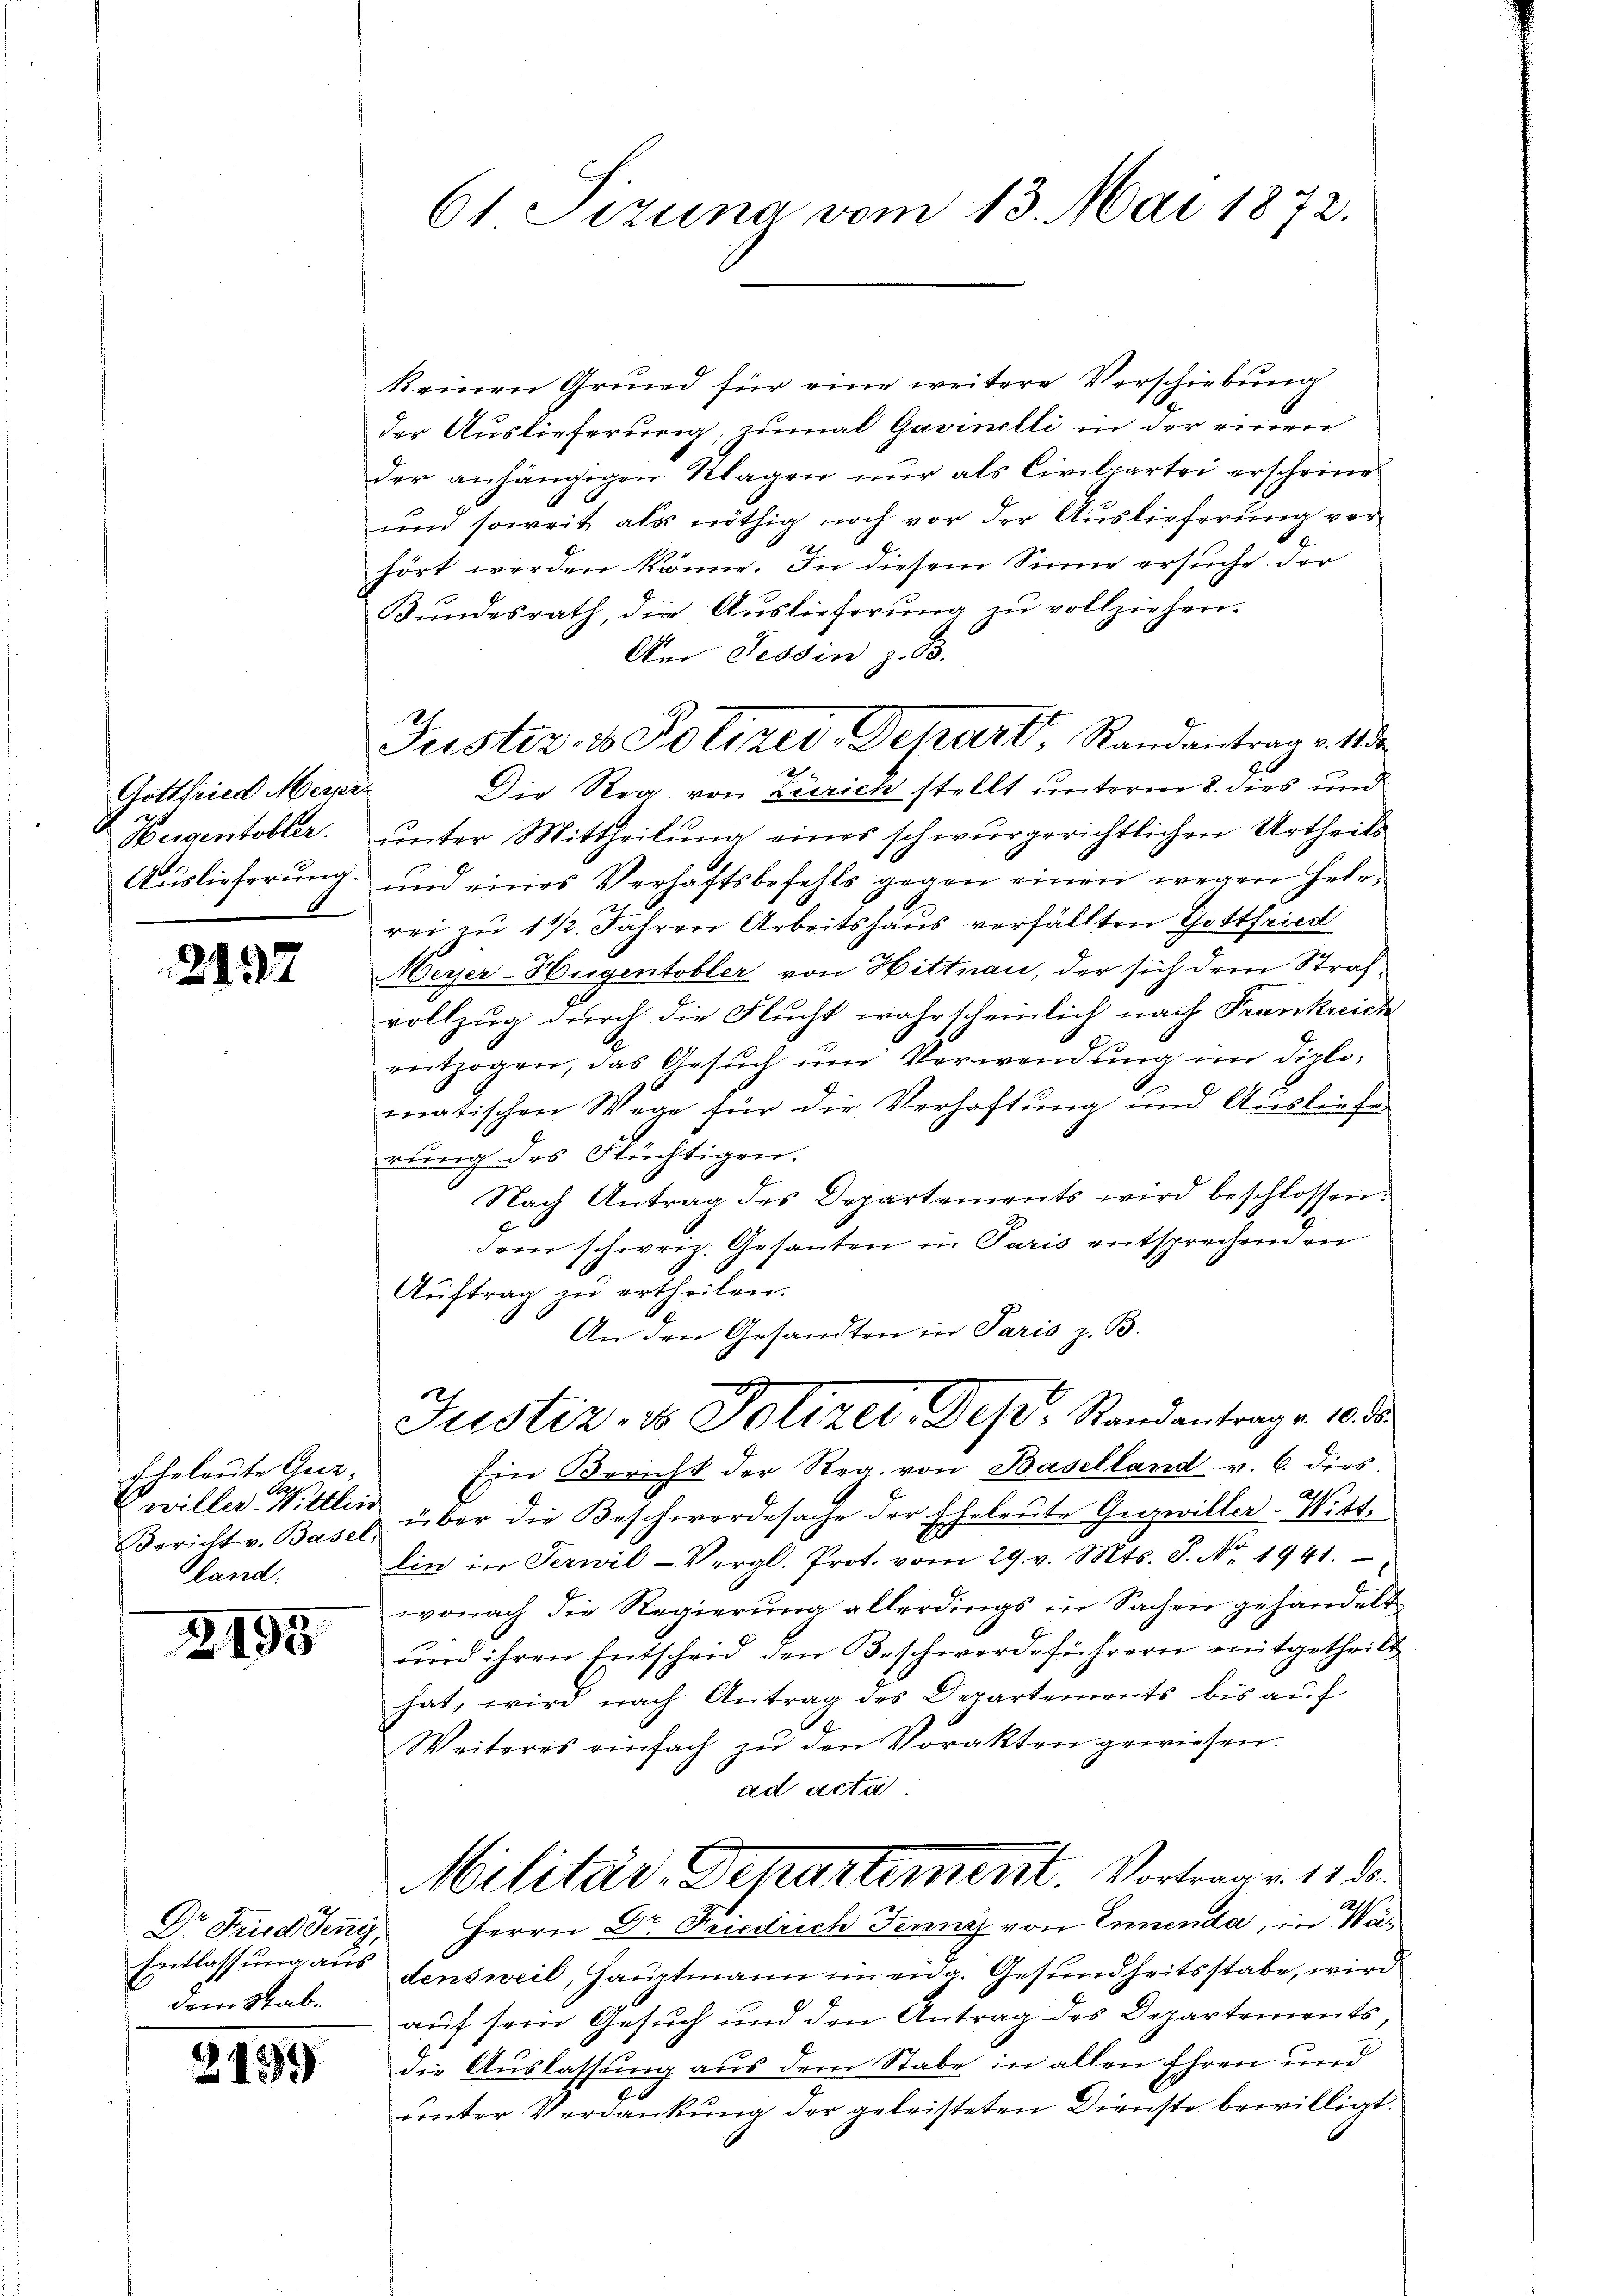
Gottfried Messer
Weigentobler.

2137

Eheleute Gut¬
 willer Witthei
land.

2195

dem Stab¬

2159

61 Sizung vom 13. Mai 1872.

keinen Grund für eine weitere Verschiebung
der Auslieferung, zumal Gavinelli in der einen
der anhängigen Klagen nur als Civilpartei erscheine
und soweit als nöthig noch vor der Auslieferung ver¬
21
hört werden könne. In diesem Sinne ersuche der
Bŭndesrath, die Aŭslieferŭng zŭ vollziehen.
Am Tessin z. B.
2
Die Reg. von Zürich stellt unterm 8. dies und
ŭnter Mittheilung eines schwurgerichtlichen Urtheils
Auslieferung und eines Verhaftsbefehls gegen einen wegen Hebrrei zu 1 1/2. Jahren Arbeitshaus verfällten Gottfried
Meyer-Hugentobler von Hittnau, der sich drei Strafvollzug durch die Flucht wahrscheinlich nach Frankreich
entzogen, das Gesŭch ŭm Verwendung im diplo-
matischen Wege für die Verhaftung und Ausliefer
rung des Flüchtigen.
Nach Antrag des Departements wird beschlossen:
dem schweiz. Gesanten in Paris entsprechenden
Aŭftrag zŭ ertheilen.
An den Gesandten in Paris z. B.
Justiz- & Polizer, Des Standantrage 10 d
Ein Bericht der Reg. von Baselland v. 6. dies
Bericht v. Basel über die Beschwerdesache der Eheleute Guzwiller-Wittlin in Terwil-Vergl. Prot. vom 29. v. Mts. S. Nr. 1941.
wonach die Regierung allerdings in Sachen gehandelt
und ihren Entscheid den Beschwerdeführern mitgetheilt
hat, wird nach Antrag des Departements bis auf
Weiteres einfach zŭ den Vorakten gewiesen.
ad acta
Militär-Departement. Vortrage 1882
Dr Fried den Herrn Dr. Friedrich Franz von Ennenda, in Wa¬
Entlassung aus densweil, Hauptmann in eng. Gesundheitsstabe, wird
auf sein Gesuch und den Antrag des Departements,
die Auslassung aus dem Stabe in allen Ehren und
unter Verdankung der geleisteten Dienste bewilligt.

Justiz- & Poliker, Depart, Randantrag v. 18.